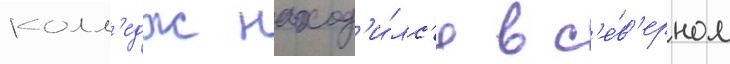
колл'едж наход'и́лс'я в с'е́в'ерном